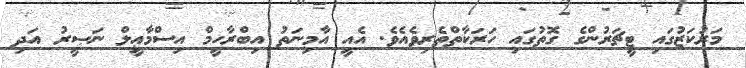
މަރުކަޒުގައި ޓީޗަރުންގެ ގޮތުގައި ހަރަކާތްތެރިވެއެވެ. އެއީ އާމިނަތު އިބްރާހީމް އިސްމާޢީލް ނަޞީރު އަދި